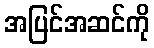
အပြင်အဆင်ကို